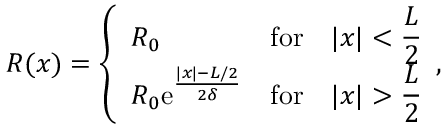
R ( x ) = \left\{ \begin{array} { l c c } { \displaystyle { R _ { 0 } } } & { \mathrm { f o r } } & { | x | < \displaystyle \frac { L } { 2 } } \\ { \displaystyle { R _ { 0 } } \mathrm { e } ^ { \frac { | x | - L / 2 } { 2 \delta } } } & { \mathrm { f o r } } & { | x | > \displaystyle \frac { L } { 2 } } \end{array} , \right.